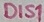
Text: DIS1